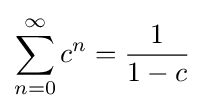
\sum _{n=0}^{\infty }c^{n}={\frac {1}{1-c}}